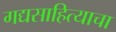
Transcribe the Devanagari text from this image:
गद्यसाहित्याचा